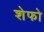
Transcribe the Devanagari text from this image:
शेफो